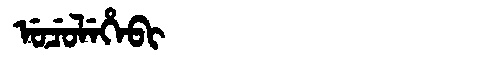
Manchu: ᡠᠴᡠᠯᡝᡥᡝᠪᡳ
Romanization: UCULEHEBI